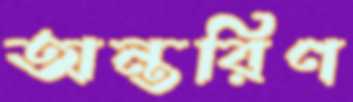
অন্তরিণ